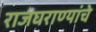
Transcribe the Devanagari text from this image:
राजघराण्यांचे